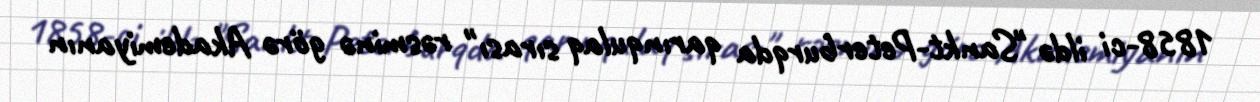
1858-ci ildə "Sankt-Peterburqda qarınqulaq sırası" rəsminə görə Akademiyanın